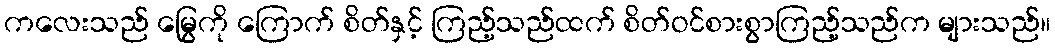
ကလေးသည် မြွေကို ကြောက် စိတ်နှင့် ကြည့်သည်ထက် စိတ်ဝင်စားစွာကြည့်သည်က များသည်။